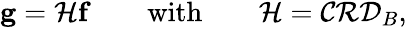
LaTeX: \begin{array}{r}{\mathbf{g}=\mathcal{H}\mathbf{f}\quad\quad\mathrm{with}\quad\quad\mathcal{H}=\mathcal{C}\mathcal{R}\mathcal{D}_{B},}\end{array}